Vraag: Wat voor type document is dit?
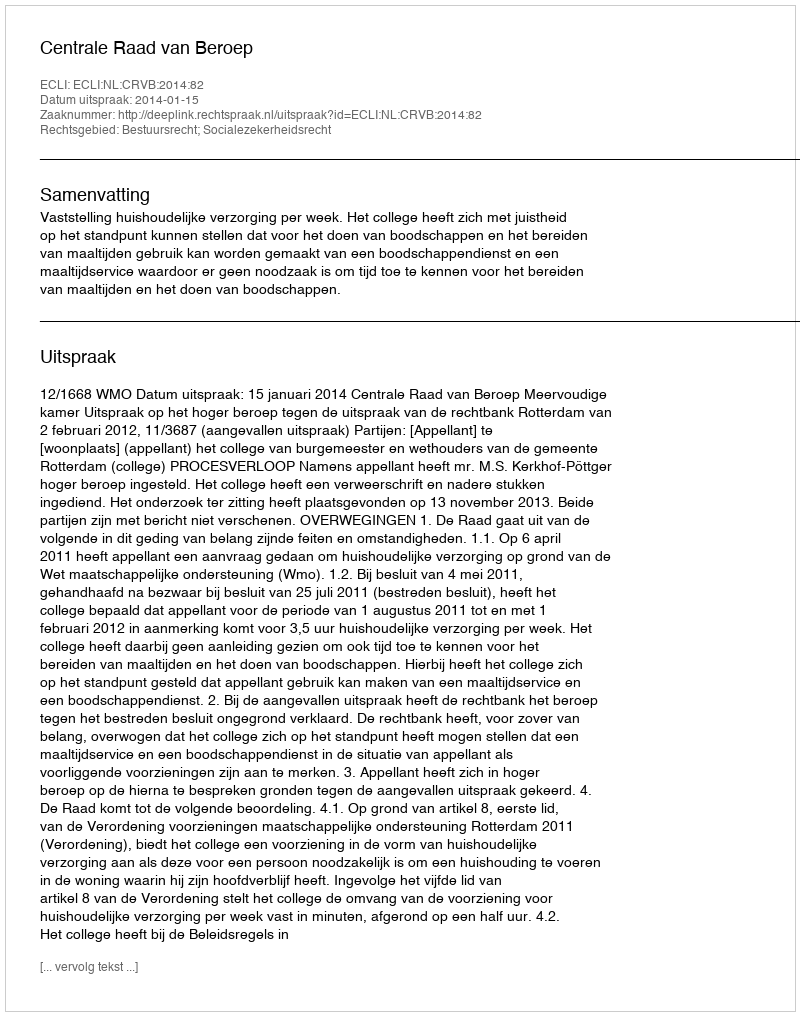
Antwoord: Uitspraak